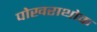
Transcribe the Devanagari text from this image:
पोखराथोक